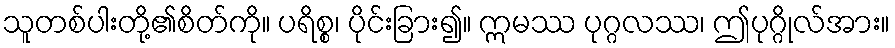
သူတစ်ပါးတို့၏စိတ်ကို။ ပရိစ္စ၊ ပိုင်းခြား၍။ ဣမဿ ပုဂ္ဂလဿ၊ ဤပုဂ္ဂိုလ်အား။